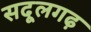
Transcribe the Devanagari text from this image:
सदूलगढ़